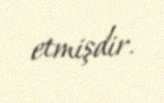
etmişdir.